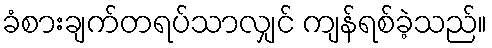
ခံစားချက်တရပ်သာလျှင် ကျန်ရစ်ခဲ့သည်။